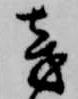
旁